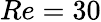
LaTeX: Re=30